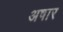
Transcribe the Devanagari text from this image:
अषार